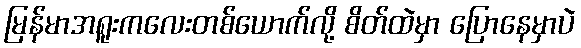
မြန်မာအရူးကလေးတစ်ယောက်လို့ စိတ်ထဲမှာ ပြောနေမှာပဲ